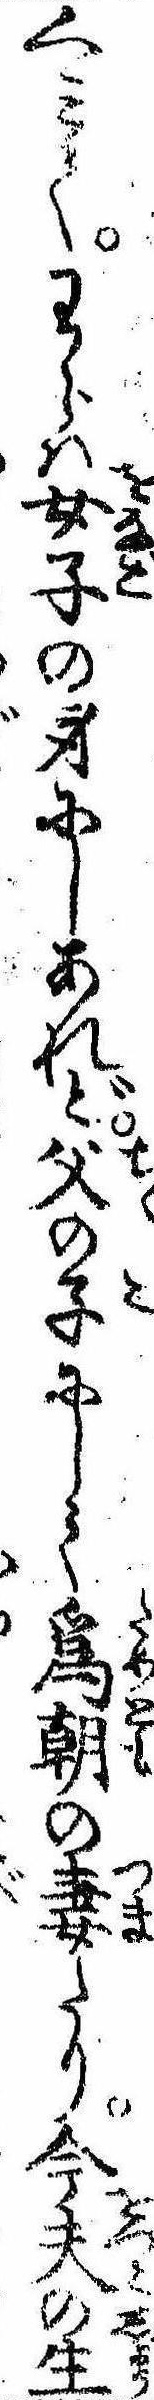
くみてわらは女子の身にしあれど父の子にして為朝の妻たり今夫の生